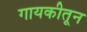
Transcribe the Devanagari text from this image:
गायकीतून